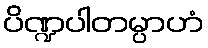
ပိဏ္ဍပါတမ္ပာဟံ